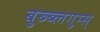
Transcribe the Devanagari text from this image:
बुब्ब्लगुम्स्